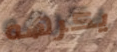
يكرهه